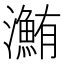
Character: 𤃽